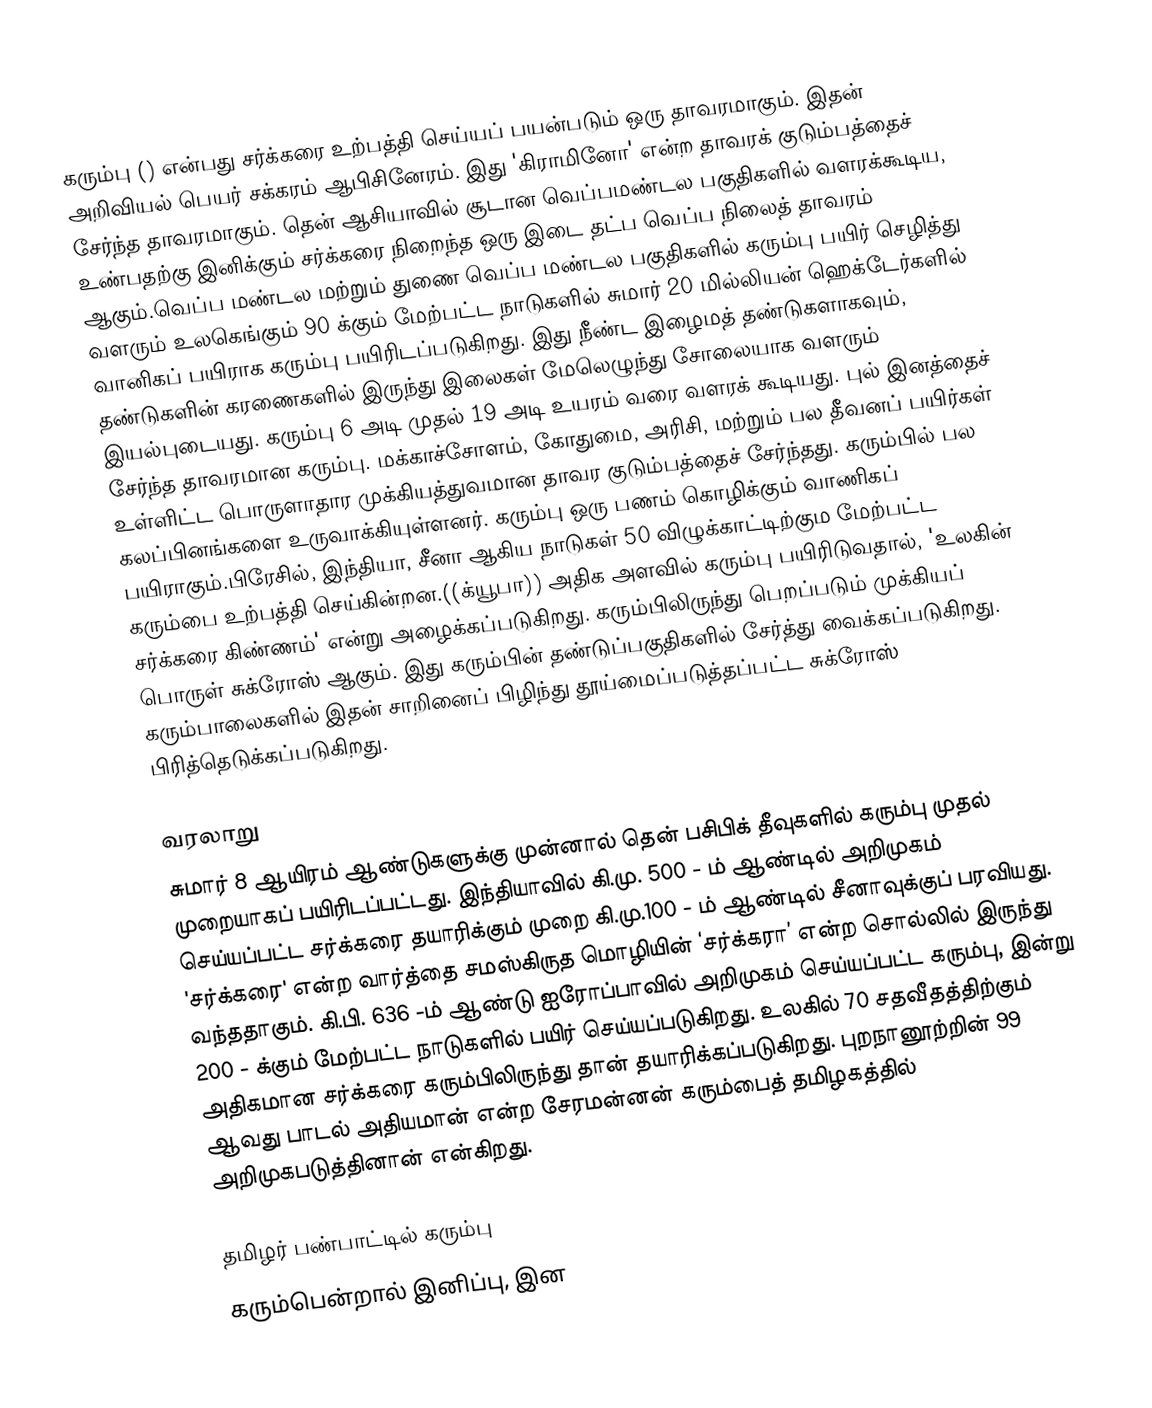
கரும்பு () என்பது சர்க்கரை உற்பத்தி செய்யப் பயன்படும் ஒரு தாவரமாகும். இதன் அறிவியல் பெயர் சக்கரம் ஆபிசினேரம். இது 'கிராமினோ' என்ற தாவரக் குடும்பத்தைச் சேர்ந்த தாவரமாகும். தென் ஆசியாவில் சூடான வெப்பமண்டல பகுதிகளில் வளரக்கூடிய, உண்பதற்கு இனிக்கும் சர்க்கரை நிறைந்த ஒரு இடை தட்ப வெப்ப நிலைத் தாவரம் ஆகும்.வெப்ப மண்டல மற்றும் துணை வெப்ப மண்டல பகுதிகளில்  கரும்பு பயிர் செழித்து வளரும் உலகெங்கும் 90 க்கும் மேற்பட்ட நாடுகளில் சுமார் 20 மில்லியன் ஹெக்டேர்களில் வானிகப் பயிராக கரும்பு பயிரிடப்படுகிறது. இது நீண்ட இழைமத் தண்டுகளாகவும், தண்டுகளின் கரணைகளில் இருந்து இலைகள் மேலெழுந்து சோலையாக வளரும் இயல்புடையது. கரும்பு 6 அடி முதல் 19 அடி உயரம் வரை வளரக் கூடியது.  புல் இனத்தைச் சேர்ந்த தாவரமான கரும்பு. மக்காச்சோளம்,  கோதுமை, அரிசி, மற்றும் பல தீவனப் பயிர்கள் உள்ளிட்ட பொருளாதார முக்கியத்துவமான தாவர குடும்பத்தைச் சேர்ந்தது. கரும்பில் பல கலப்பினங்களை உருவாக்கியுள்ளனர். கரும்பு ஒரு பணம் கொழிக்கும் வாணிகப் பயிராகும்.பிரேசில், இந்தியா, சீனா ஆகிய நாடுகள் 50 விழுக்காட்டிற்கும மேற்பட்ட கரும்பை உற்பத்தி செய்கின்றன.((க்யூபா)) அதிக அளவில் கரும்பு பயிரிடுவதால், 'உலகின் சர்க்கரை கிண்ணம்' என்று அழைக்கப்படுகிறது. கரும்பிலிருந்து பெறப்படும் முக்கியப் பொருள் சுக்ரோஸ் ஆகும். இது கரும்பின் தண்டுப்பகுதிகளில் சேர்த்து வைக்கப்படுகிறது. கரும்பாலைகளில் இதன் சாறினைப் பிழிந்து  தூய்மைப்படுத்தப்பட்ட சுக்ரோஸ் பிரித்தெடுக்கப்படுகிறது.

வரலாறு
சுமார் 8 ஆயிரம் ஆண்டுகளுக்கு முன்னால் தென் பசிபிக் தீவுகளில் கரும்பு முதல் முறையாகப் பயிரிடப்பட்டது. இந்தியாவில் கி.மு. 500 - ம் ஆண்டில் அறிமுகம் செய்யப்பட்ட சர்க்கரை தயாரிக்கும் முறை கி.மு.100 - ம் ஆண்டில் சீனாவுக்குப் பரவியது. 'சர்க்கரை' என்ற வார்த்தை சமஸ்கிருத மொழியின் ‘சர்க்கரா’ என்ற சொல்லில் இருந்து வந்ததாகும். கி.பி. 636 -ம் ஆண்டு ஐரோப்பாவில் அறிமுகம் செய்யப்பட்ட கரும்பு, இன்று 200 - க்கும் மேற்பட்ட நாடுகளில் பயிர் செய்யப்படுகிறது. உலகில் 70 சதவீதத்திற்கும் அதிகமான சர்க்கரை கரும்பிலிருந்து தான் தயாரிக்கப்படுகிறது. புறநானூற்றின் 99 ஆவது பாடல் அதியமான் என்ற சேரமன்னன் கரும்பைத் தமிழகத்தில் அறிமுகபடுத்தினான் என்கிறது.

தமிழர் பண்பாட்டில் கரும்பு
கரும்பென்றால் இனிப்பு, இன